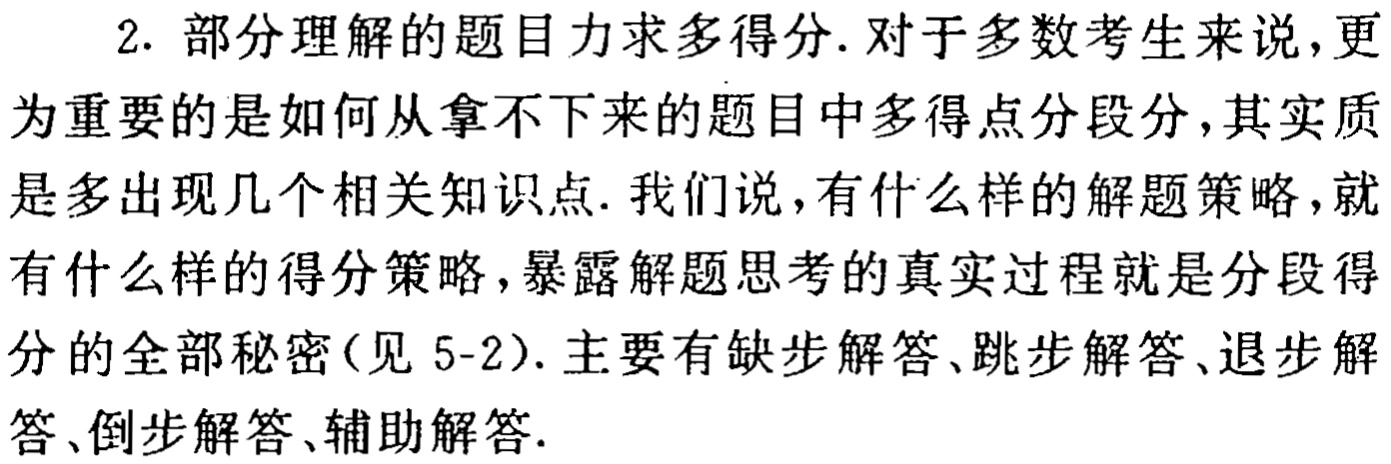
2. 部分理解的题目力求多得分. 对于多数考生来说, 更为重要的是如何从拿不下来的题目中多得点分段分, 其实质就是多出现几个相关知识点. 我们说, 有什么样的解题策略, 就有什么样的得分策略, 暴露解题思考的真实过程就是分段得分的全部秘密(见 5-2). 主要有缺步解答、跳步解答、退步解答、倒步解答、辅助解答.